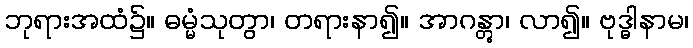
ဘုရားအထံ၌။ ဓမ္မံသုတွာ၊ တရားနာ၍။ အာဂန္တွာ၊ လာ၍။ ဗုဒ္ဓါနာမ၊